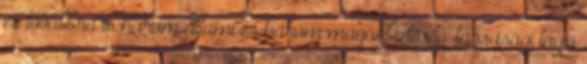
és továbbra is három állami és három magánbiztosító-társasági tagja